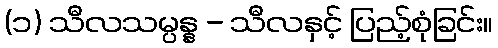
(၁) သီလသမ္ပန္န - သီလနှင့် ပြည့်စုံခြင်း။